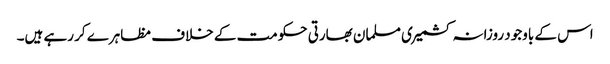
اس کے باوجود روزانہ کشمیری مسلمان بھارتی حکومت کے خلاف مظاہرے کر رہے ہیں۔